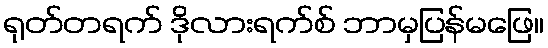
ရုတ်တရက် ဒိုလားရက်စ် ဘာမှပြန်မဖြေ။